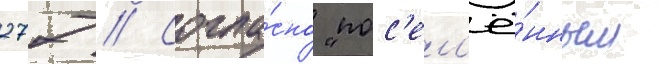
277 // Согла́сно "пос'ел'ё́нным